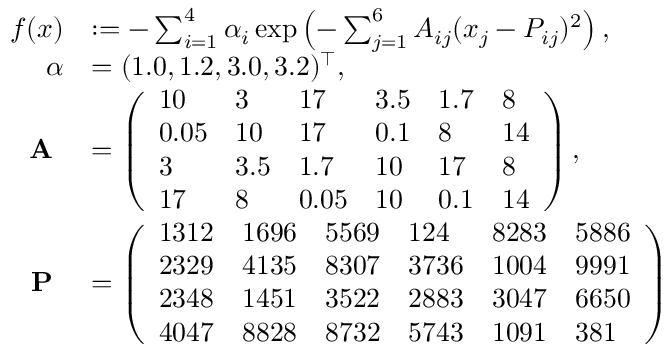
\begin{array} { r l } { f ( x ) } & { : = - \sum _ { i = 1 } ^ { 4 } \alpha _ { i } \exp \left( - \sum _ { j = 1 } ^ { 6 } A _ { i j } ( x _ { j } - P _ { i j } ) ^ { 2 } \right) , } \\ { \alpha } & { = ( 1 . 0 , 1 . 2 , 3 . 0 , 3 . 2 ) ^ { \top } , } \\ { \textbf { A } } & { = \left( \begin{array} { l l l l l l } { 1 0 } & { 3 } & { 1 7 } & { 3 . 5 } & { 1 . 7 } & { 8 } \\ { 0 . 0 5 } & { 1 0 } & { 1 7 } & { 0 . 1 } & { 8 } & { 1 4 } \\ { 3 } & { 3 . 5 } & { 1 . 7 } & { 1 0 } & { 1 7 } & { 8 } \\ { 1 7 } & { 8 } & { 0 . 0 5 } & { 1 0 } & { 0 . 1 } & { 1 4 } \end{array} \right) , } \\ { \textbf { P } } & { = \left( \begin{array} { l l l l l l } { 1 3 1 2 } & { 1 6 9 6 } & { 5 5 6 9 } & { 1 2 4 } & { 8 2 8 3 } & { 5 8 8 6 } \\ { 2 3 2 9 } & { 4 1 3 5 } & { 8 3 0 7 } & { 3 7 3 6 } & { 1 0 0 4 } & { 9 9 9 1 } \\ { 2 3 4 8 } & { 1 4 5 1 } & { 3 5 2 2 } & { 2 8 8 3 } & { 3 0 4 7 } & { 6 6 5 0 } \\ { 4 0 4 7 } & { 8 8 2 8 } & { 8 7 3 2 } & { 5 7 4 3 } & { 1 0 9 1 } & { 3 8 1 } \end{array} \right) } \end{array}